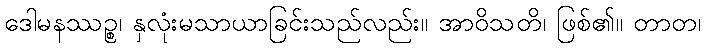
ဒေါမနဿဉ္စ၊ နှလုံးမသာယာခြင်းသည်လည်း။ အာဝိသတိ၊ ဖြစ်၏။ တာတ၊